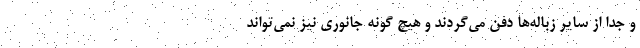
و جدا از سایر زباله‌ها دفن می‌گردند و هیچ گونه جانوری نیز نمی‌تواند